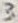
Text: 3